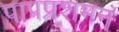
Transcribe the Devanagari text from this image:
पापप्रशमनं